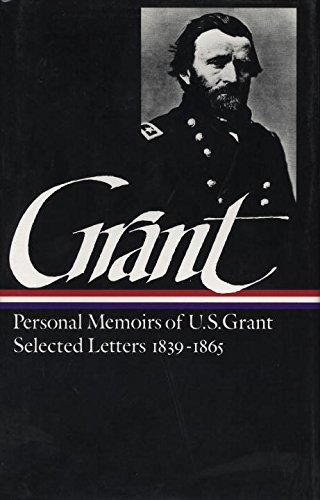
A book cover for Ulysses S. Grant : Memoirs and Selected Letters : Personal Memoirs of U.S. Grant / Selected Letters, 1839-1865 (Library of America); Ulysses S. Grant; Literature & Fiction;